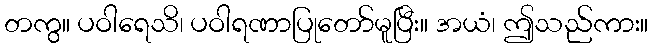
တကွ။ ပဝါရေသိ၊ ပဝါရဏာပြုတော်မူပြီး။ အယံ၊ ဤသည်ကား။